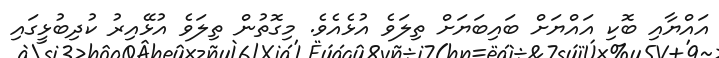
އައްޔާއި ބޮކި އައްޔަށް ބައިބަޔަށް ތިލަވެ އުޅެއެވެ. މިގޮތުން ތިލަވެ އުޅޭއިރު ކުދިބުޅީގައި